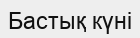
Бастық күні